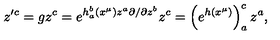
z ^ { \prime c } = g z ^ { c } = e ^ { h _ { a } ^ { b } ( x ^ { \mu } ) z ^ { a } \partial / \partial z ^ { b } } z ^ { c } = \left( e ^ { h ( x ^ { \mu } ) } \right) _ { a } ^ { c } z ^ { a } ,